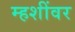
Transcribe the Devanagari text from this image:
म्हशींवर